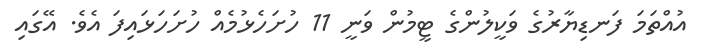
އުއްތަމަ ފަނޑިޔާރުގެ ވަކީލުންގެ ޓީމުން ވަނީ 11 ހުށަހެޅުމެއް ހުށަހަޅައިފަ އެވެ. އޭގައި